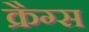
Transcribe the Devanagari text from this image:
क्रैग्स